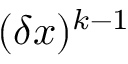
( \delta x ) ^ { k - 1 }